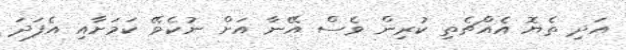
އަދި ތެޔޮ އެއްޗެތި ކުރިން ވެސް އޭނާ އަށް ނުކެވޭ ކަމަށާއި އެފަދަ